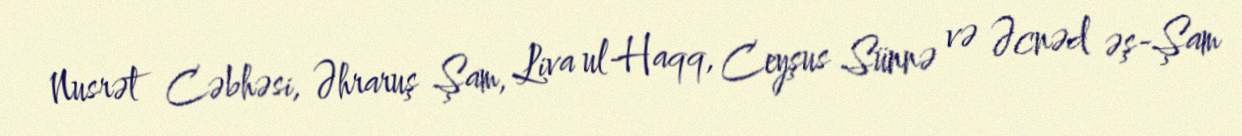
Nusrət Cəbhəsi, Əhraruş Şam, Liva ul-Haqq, Ceyşus Sünnə və Əcnəd əş-Şam